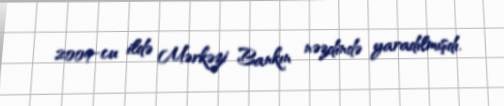
2009-cu ildə Mərkəzi Bankın nəzdində yaradılmışdı.